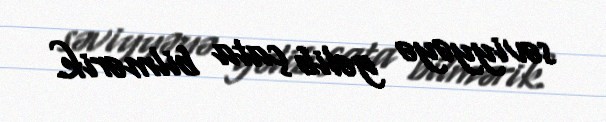
səviyyəyə gəlib çata bilmərik.